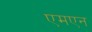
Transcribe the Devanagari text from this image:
एमएन